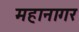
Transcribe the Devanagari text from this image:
महानागर